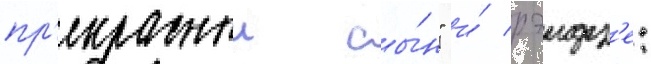
пр'екрасныи сы́н" и́ рэидз'е: